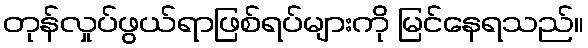
တုန်လှုပ်ဖွယ်ရာဖြစ်ရပ်များကို မြင်နေရသည်။